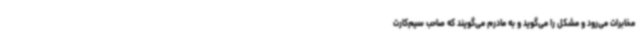
مخابرات می‌رود و مشکل را می‌گوید و به مادرم می‌گویند که صاحب سیم‌کارت